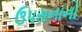
ઉ૫સનાનો